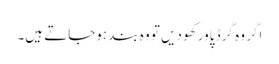
اگر وہ گرڈ پاور کھو دیں تو وہ بند ہوجاتے ہیں۔